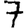
Digit: 7